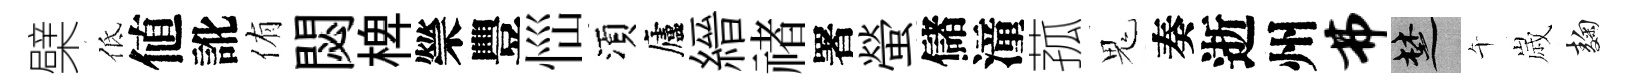
檗低値訛侑閟椑禜豐𢙉湏廬縉禇署螢儲潼菰鬼奏逝州弗楚午𡻕麹